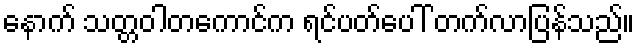
နောက် သတ္တဝါတကောင်က ရင်ပတ်ပေါ် တက်လာပြန်သည်။